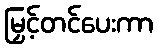
မြှင့်တင်ပေးကာ